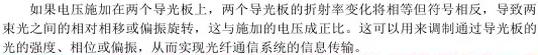
如果电压施加在两个导光板上，两个导光板的折射率变化将相等但符号相反，导致两束光之间的相对相移或偏振旋转，这与施加的电压成正比。这可以用来调制通过导光板的光束。